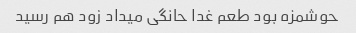
حوشمزه بود طعم غدا حانگی میداد زود هم رسید